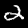
Label: 2